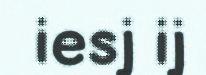
iesj ij